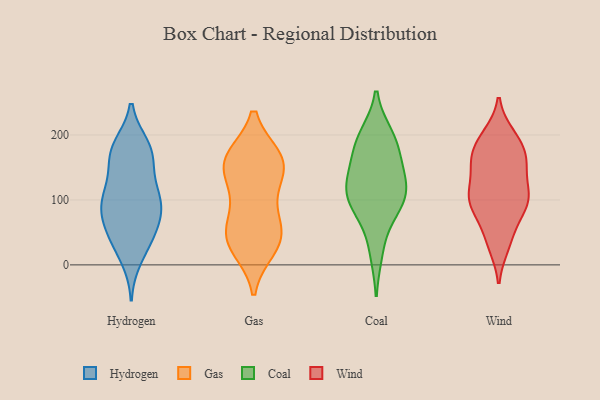
{"axis": {"x": "Tickets Resolved", "y": "Value"}, "legend": ["Coal", "Gas", "Hydrogen", "Wind"], "data": [{"x": "", "y": 73, "type": "Hydrogen"}, {"x": "", "y": 114, "type": "Hydrogen"}, {"x": "", "y": 176, "type": "Hydrogen"}, {"x": "", "y": 41, "type": "Hydrogen"}, {"x": "", "y": 102, "type": "Hydrogen"}, {"x": "", "y": 123, "type": "Hydrogen"}, {"x": "", "y": 168, "type": "Hydrogen"}, {"x": "", "y": 11, "type": "Hydrogen"}, {"x": "", "y": 39, "type": "Hydrogen"}, {"x": "", "y": 75, "type": "Hydrogen"}, {"x": "", "y": 170, "type": "Hydrogen"}, {"x": "", "y": 44, "type": "Hydrogen"}, {"x": "", "y": 83, "type": "Hydrogen"}, {"x": "", "y": 173, "type": "Hydrogen"}, {"x": "", "y": 182, "type": "Hydrogen"}, {"x": "", "y": 102, "type": "Hydrogen"}, {"x": "", "y": 92, "type": "Hydrogen"}, {"x": "", "y": 165, "type": "Gas"}, {"x": "", "y": 42, "type": "Gas"}, {"x": "", "y": 30, "type": "Gas"}, {"x": "", "y": 163, "type": "Gas"}, {"x": "", "y": 69, "type": "Gas"}, {"x": "", "y": 50, "type": "Gas"}, {"x": "", "y": 25, "type": "Gas"}, {"x": "", "y": 41, "type": "Gas"}, {"x": "", "y": 158, "type": "Gas"}, {"x": "", "y": 164, "type": "Gas"}, {"x": "", "y": 131, "type": "Gas"}, {"x": "", "y": 162, "type": "Gas"}, {"x": "", "y": 127, "type": "Gas"}, {"x": "", "y": 89, "type": "Gas"}, {"x": "", "y": 187, "type": "Coal"}, {"x": "", "y": 72, "type": "Coal"}, {"x": "", "y": 154, "type": "Coal"}, {"x": "", "y": 114, "type": "Coal"}, {"x": "", "y": 152, "type": "Coal"}, {"x": "", "y": 194, "type": "Coal"}, {"x": "", "y": 99, "type": "Coal"}, {"x": "", "y": 110, "type": "Coal"}, {"x": "", "y": 100, "type": "Coal"}, {"x": "", "y": 124, "type": "Coal"}, {"x": "", "y": 20, "type": "Coal"}, {"x": "", "y": 199, "type": "Coal"}, {"x": "", "y": 32, "type": "Wind"}, {"x": "", "y": 131, "type": "Wind"}, {"x": "", "y": 96, "type": "Wind"}, {"x": "", "y": 103, "type": "Wind"}, {"x": "", "y": 160, "type": "Wind"}, {"x": "", "y": 200, "type": "Wind"}, {"x": "", "y": 29, "type": "Wind"}, {"x": "", "y": 108, "type": "Wind"}, {"x": "", "y": 198, "type": "Wind"}, {"x": "", "y": 100, "type": "Wind"}, {"x": "", "y": 152, "type": "Wind"}, {"x": "", "y": 71, "type": "Wind"}, {"x": "", "y": 190, "type": "Wind"}, {"x": "", "y": 170, "type": "Wind"}, {"x": "", "y": 106, "type": "Wind"}, {"x": "", "y": 63, "type": "Wind"}, {"x": "", "y": 163, "type": "Wind"}, {"x": "", "y": 159, "type": "Wind"}, {"x": "", "y": 100, "type": "Wind"}]}